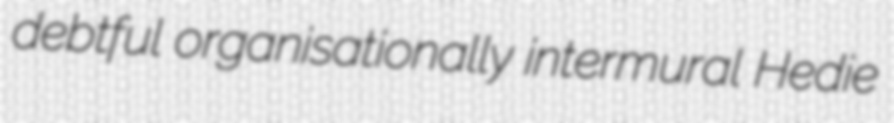
debtful organisationally intermural Hedie